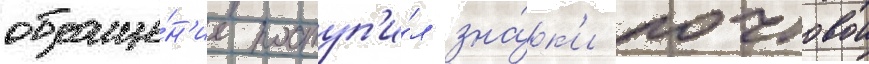
обраще́н'ие поступ'и́л зна́к'и почтовои